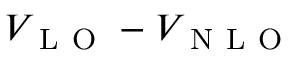
V _ { \mathrm { ~ L ~ O ~ } } - V _ { \mathrm { ~ N ~ L ~ O ~ } }